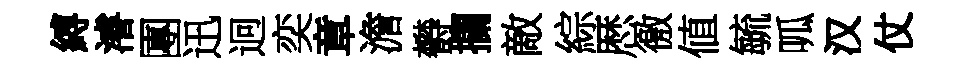
縛濬團迅迥奕章澹欎攔敵綜厯徼値毓呱汉仗